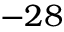
- 2 8